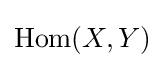
\operatorname {Hom} (X,Y)